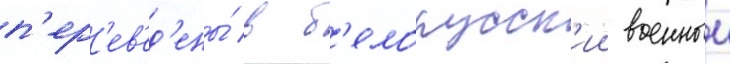
п'ер'ев'ед'ены́ в б'елорусск'ии военныи